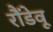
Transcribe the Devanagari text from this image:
रौंडेवू